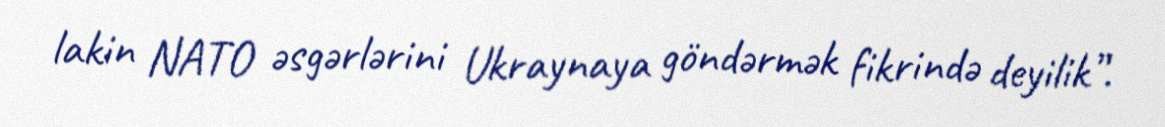
lakin NATO əsgərlərini Ukraynaya göndərmək fikrində deyilik”.